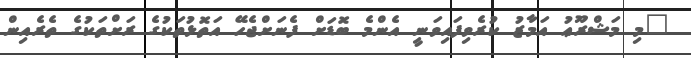
"މި މަޝްރޫޢު އަމާޒު ކުރެވިފައިވަނީ އެންމެ ބޮޑަށް ފެނަށްޖެހޭ އަތޮޅުތަކުގެ ރަށްތަކުގެ ތެރެއިން